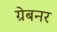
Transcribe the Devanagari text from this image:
ग्रेबनर